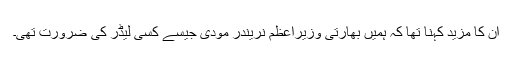
ان کا مزید کہنا تھا کہ ہمیں بھارتی وزیراعظم نریندر مودی جیسے کسی لیڈر کی ضرورت تھی۔